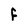
Character: f